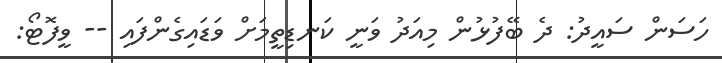
ހަސަން ސައީދު: ދެ ބޭފުޅުން މިއަދު ވަނީ ކަނޑިތީމަށް ވަޑައިގެންފައި -- ވީފޮޓޯ: